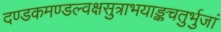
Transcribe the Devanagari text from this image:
दण्डकमण्डल्वक्षसुत्राभयाङ्कचतुर्भुजां